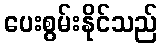
ပေးစွမ်းနိုင်သည်